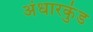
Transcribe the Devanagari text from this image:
अंधारकुंड